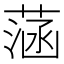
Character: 𦶷